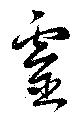
靈